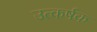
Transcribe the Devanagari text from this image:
उत्कर्षक